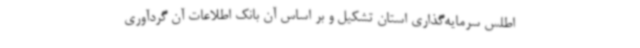
اطلس سرمایه‌گذاری استان تشکیل و بر اساس آن بانک اطلاعات آن گردآوری